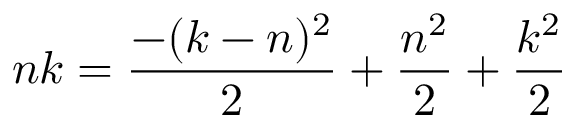
n k = { \frac { - ( k - n ) ^ { 2 } } { 2 } } + { \frac { n ^ { 2 } } { 2 } } + { \frac { k ^ { 2 } } { 2 } }